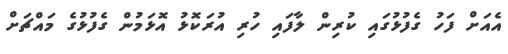
އެއަށް ފަހު ގެފުޅުގައި ކުރިން ލާފައި ހުރި އުރަކޮޅު އޮޅަމުން ގެފުޅުގެ މައްޗަށް